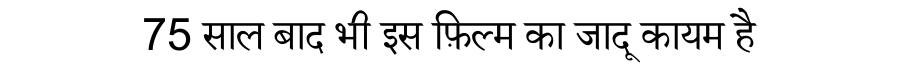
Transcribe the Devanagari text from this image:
75 साल बाद भी इस फ़िल्म का जादू कायम है